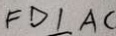
F D \bot A C